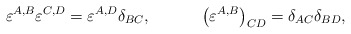
\begin{align*}\varepsilon ^{A,B}\varepsilon ^{C,D}=\varepsilon ^{A,D}\delta_{BC} ,\hspace{0.5in}\left( \varepsilon ^{A,B}\right) _{CD}=\delta_{AC}\delta _{BD} ,\end{align*}